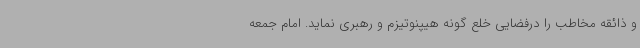
و ذائقه مخاطب را درفضایی خلع گونه هیپنوتیزم و رهبری نماید. امام جمعه